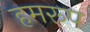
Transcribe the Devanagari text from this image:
हमरूप